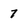
Character: 7